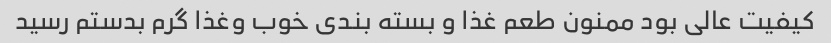
کیفیت عالی بود ممنون طعم غذا و بسته بندی خوب وغذا گرم بدستم رسید